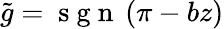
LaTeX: \tilde{g}=\mathrm{~s~g~n~}\left(\pi-bz\right)